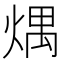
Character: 㷒